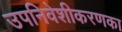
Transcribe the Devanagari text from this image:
उपनिवेशीकरणका